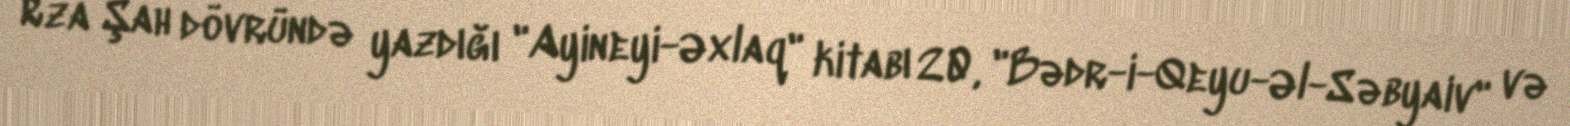
Rza Şah dövründə yazdığı "Ayineyi-Əxlaq" kitabı 20, "Bədr-i-Qeyu-Əl-Səbyaiv" və